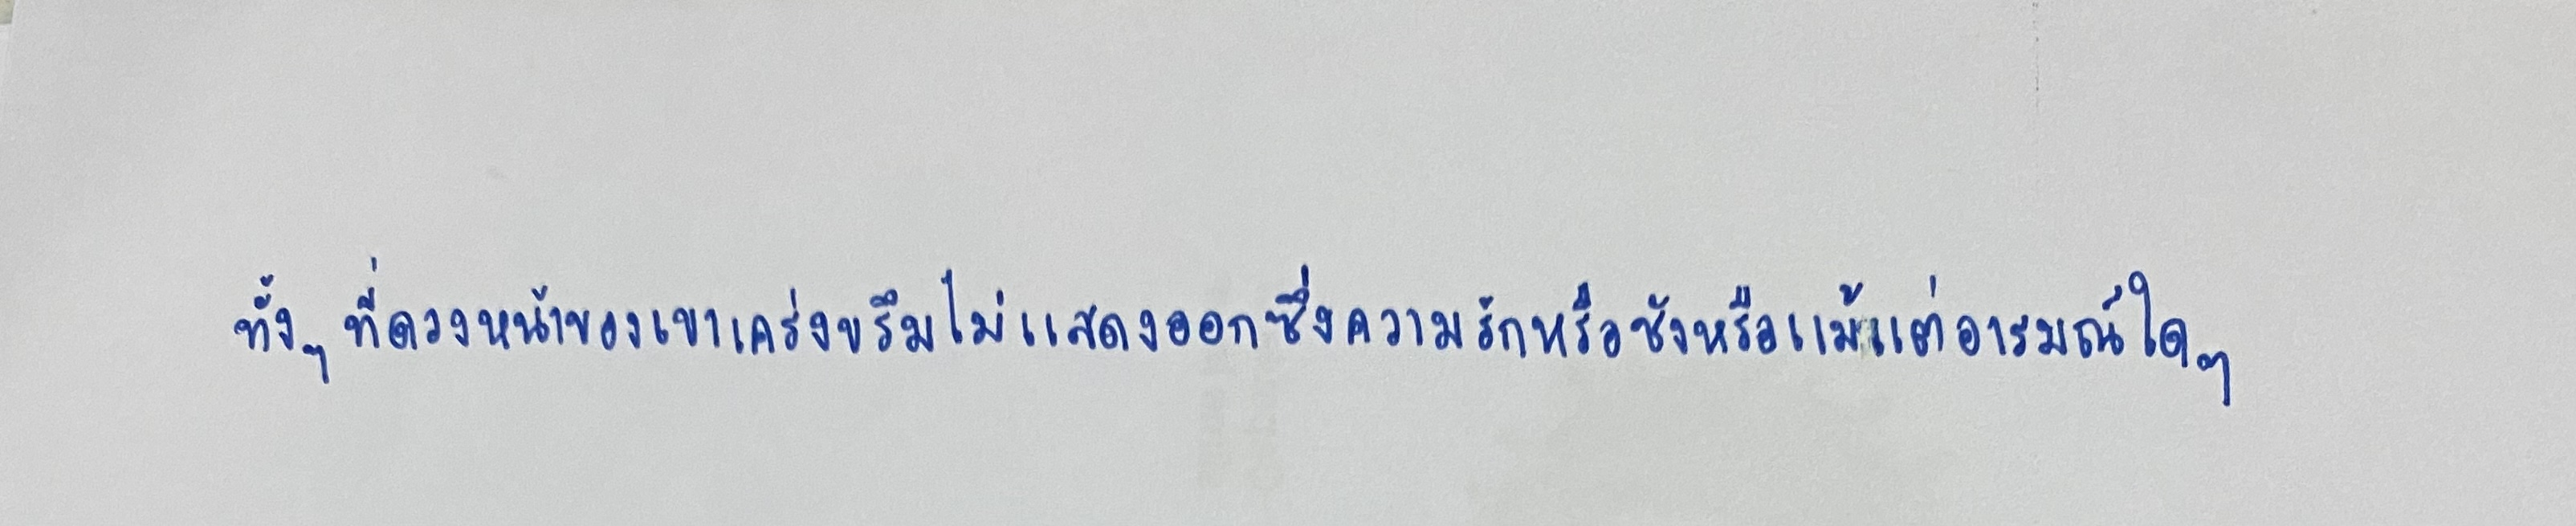
ทั้งๆ ที่ดวงหน้าของเขาเคร่งขรึมไม่แสดงออกซึ่งความรักหรือชังหรือแม้แต่อารมณ์ใดๆ